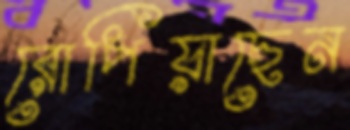
রোপিয়াছেন